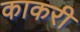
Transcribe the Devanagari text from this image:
काकरी